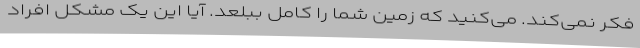
فکر نمی‌کند. می‌کنید که زمین شما را کامل ببلعد. آیا این یک مشکل افراد